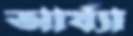
আর্য্যা